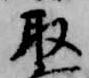
取